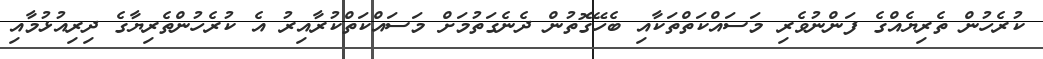
ކުރެހުން ތެރިޔެއްގެ ފަންނުވެރި މަސައްކަތްތަކާއި ބެހޭގޮތުން ދެނެގަތުމަށް މަސައްކަތްކުރާއިރު އެ ކުރެހުންތެރިޔާގެ ދިރިއުޅުމާއި